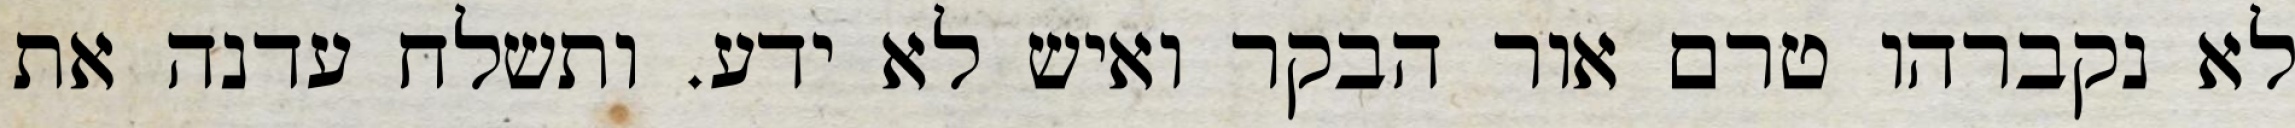
לא נקברהו טרם אור הבקר ואיש לא ידע. ותשלח עדנה את